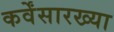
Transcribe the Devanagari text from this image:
कर्वेंसारख्या